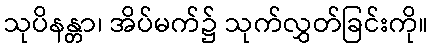
သုပိနန္တာ၊ အိပ်မက်၌ သုက်လွှတ်ခြင်းကို။